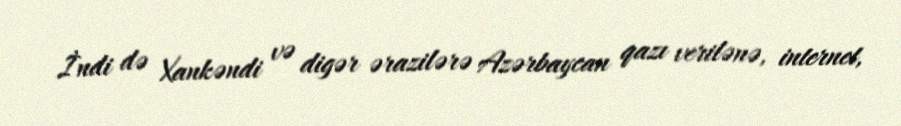
İndi də Xankəndi və digər ərazilərə Azərbaycan qazı verilənə, internet,